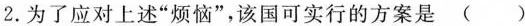
2.为了应对上述”烦恼”，该国可实行的方案是( )